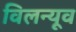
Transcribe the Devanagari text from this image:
विलन्यूव